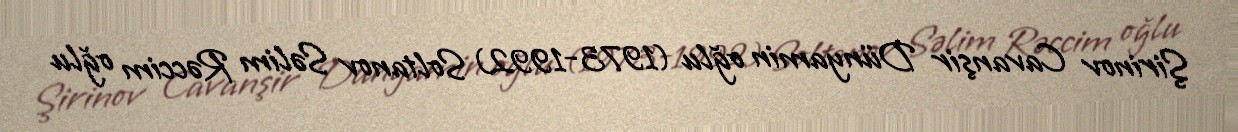
Şirinov Cavanşir Dünyamin oğlu (1973-1992) Soltanov Səlim Rəccim oğlu